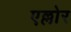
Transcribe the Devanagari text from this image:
एल्लोर